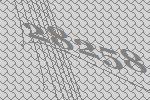
28258